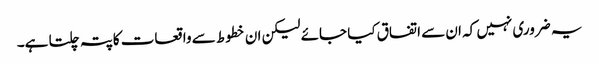
یہ ضروری نہیں کہ ان سے اتفاق کیا جائے لیکن ان خطوط سے واقعات کاپتہ چلتا ہے۔